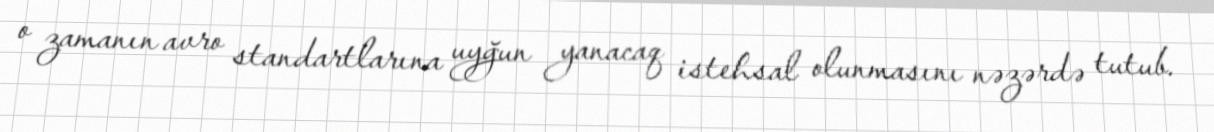
o zamanın avro standartlarına uyğun yanacaq istehsal olunmasını nəzərdə tutub.